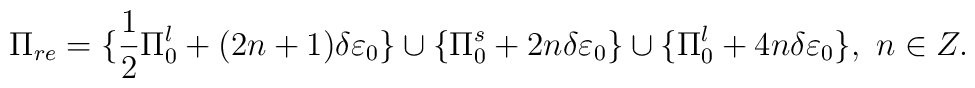
\Pi_{re}=\{\frac{1}{2} \Pi_0^l+(2n+1)\delta\varepsilon_0\} \cup\{\Pi_0^s+2n\delta\varepsilon_0\}\cup \{\Pi_0^l+4n\delta\varepsilon_0\}, \ n \in Z.